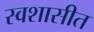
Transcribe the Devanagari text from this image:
स्वशासीत